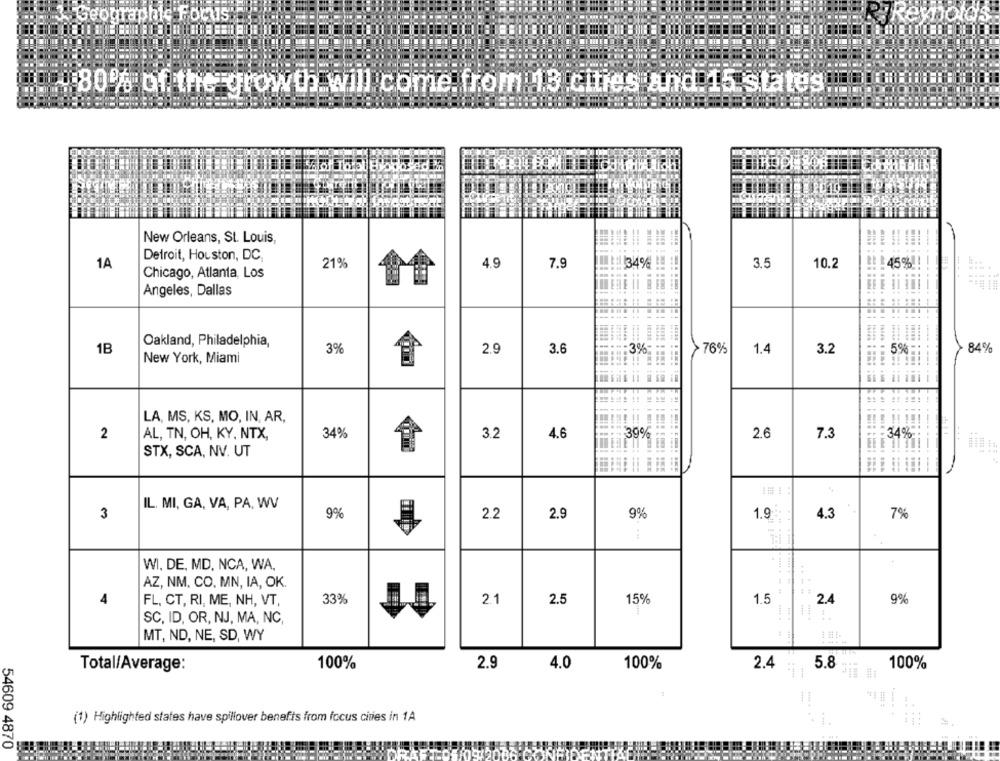
Geographic Focus
80% of the growth will come from 13 cities and 15 states.
New Orleans, St. Louis,
Detroit, Houston, DC
1A
21%
4.9
7.9
34% !
3.5
10.2
#1 :45%
Chicago, Atlanta, Los
Angeles, Dallas
Oakland, Philadelphia,
1B
3%
2.9
3.6
>76%
1.4
3.2
84%
5% -
New York, Miami
:3%; HE ia
LA, MS, KS, MO, IN, AR,
AL, TN, OH, KY, NTX,
34%
3.2
4.6
2.6
34%
2
== 39%
7.3
...
1
STX, SCA, NV. UT
IL. MI, GA, VA, PA, WV
3
9%
2.2
2.9
9%
1.9
4.3
7%
WI, DE, MD, NCA, WA,
AZ, NM, CO. MN, IA, OK.
4
FL, CT, RI, ME, NH, VT,
33%
2.1
2.5
15%
1.5
2.4
9%
----
SC, ID, OR, NJ, MA, NC
MT, ND, NE, SD, WY
Total/Average:
100%
2.9
4.0
100%
2.4
5.8
100%
24
(1) Highlighted states have spillover benefits from focus cities in 1A
54609 4870